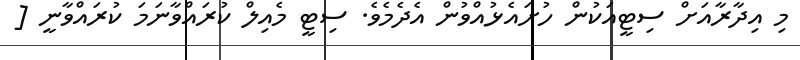
މި އިދާރާއަށް ސިޓީއަކުން ހުށައެޅުއްވުން އެދެމެވެ. ސިޓީ މެއިލް ކުރައްވާނަމަ ކުރައްވާނީ [